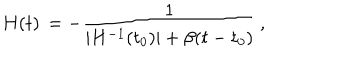
H ( t ) \, = - { \frac { 1 } { \vert H ^ { - 1 } ( t _ { 0 } ) \vert + \beta ( t - t _ { 0 } ) } } \, ,